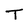
Character: T